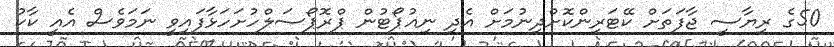
50ގެ ރިޔާސީ ޖާފަތަށް ކޭޓަރިންކޮށްދިނުމަށް އެދި ނިއުޕޯޓުން ޕްރޮޕޯސަލްހުށަހަޅާފައިވީ ނަމަވެސް އެއީ ކާކު